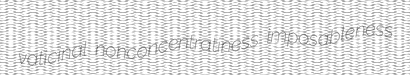
vaticinal nonconcentratiness imposableness